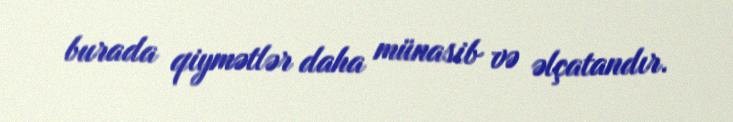
burada qiymətlər daha münasib və əlçatandır.